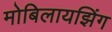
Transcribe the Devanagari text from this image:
मोबिलायझिंग